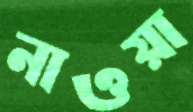
নাওয়া